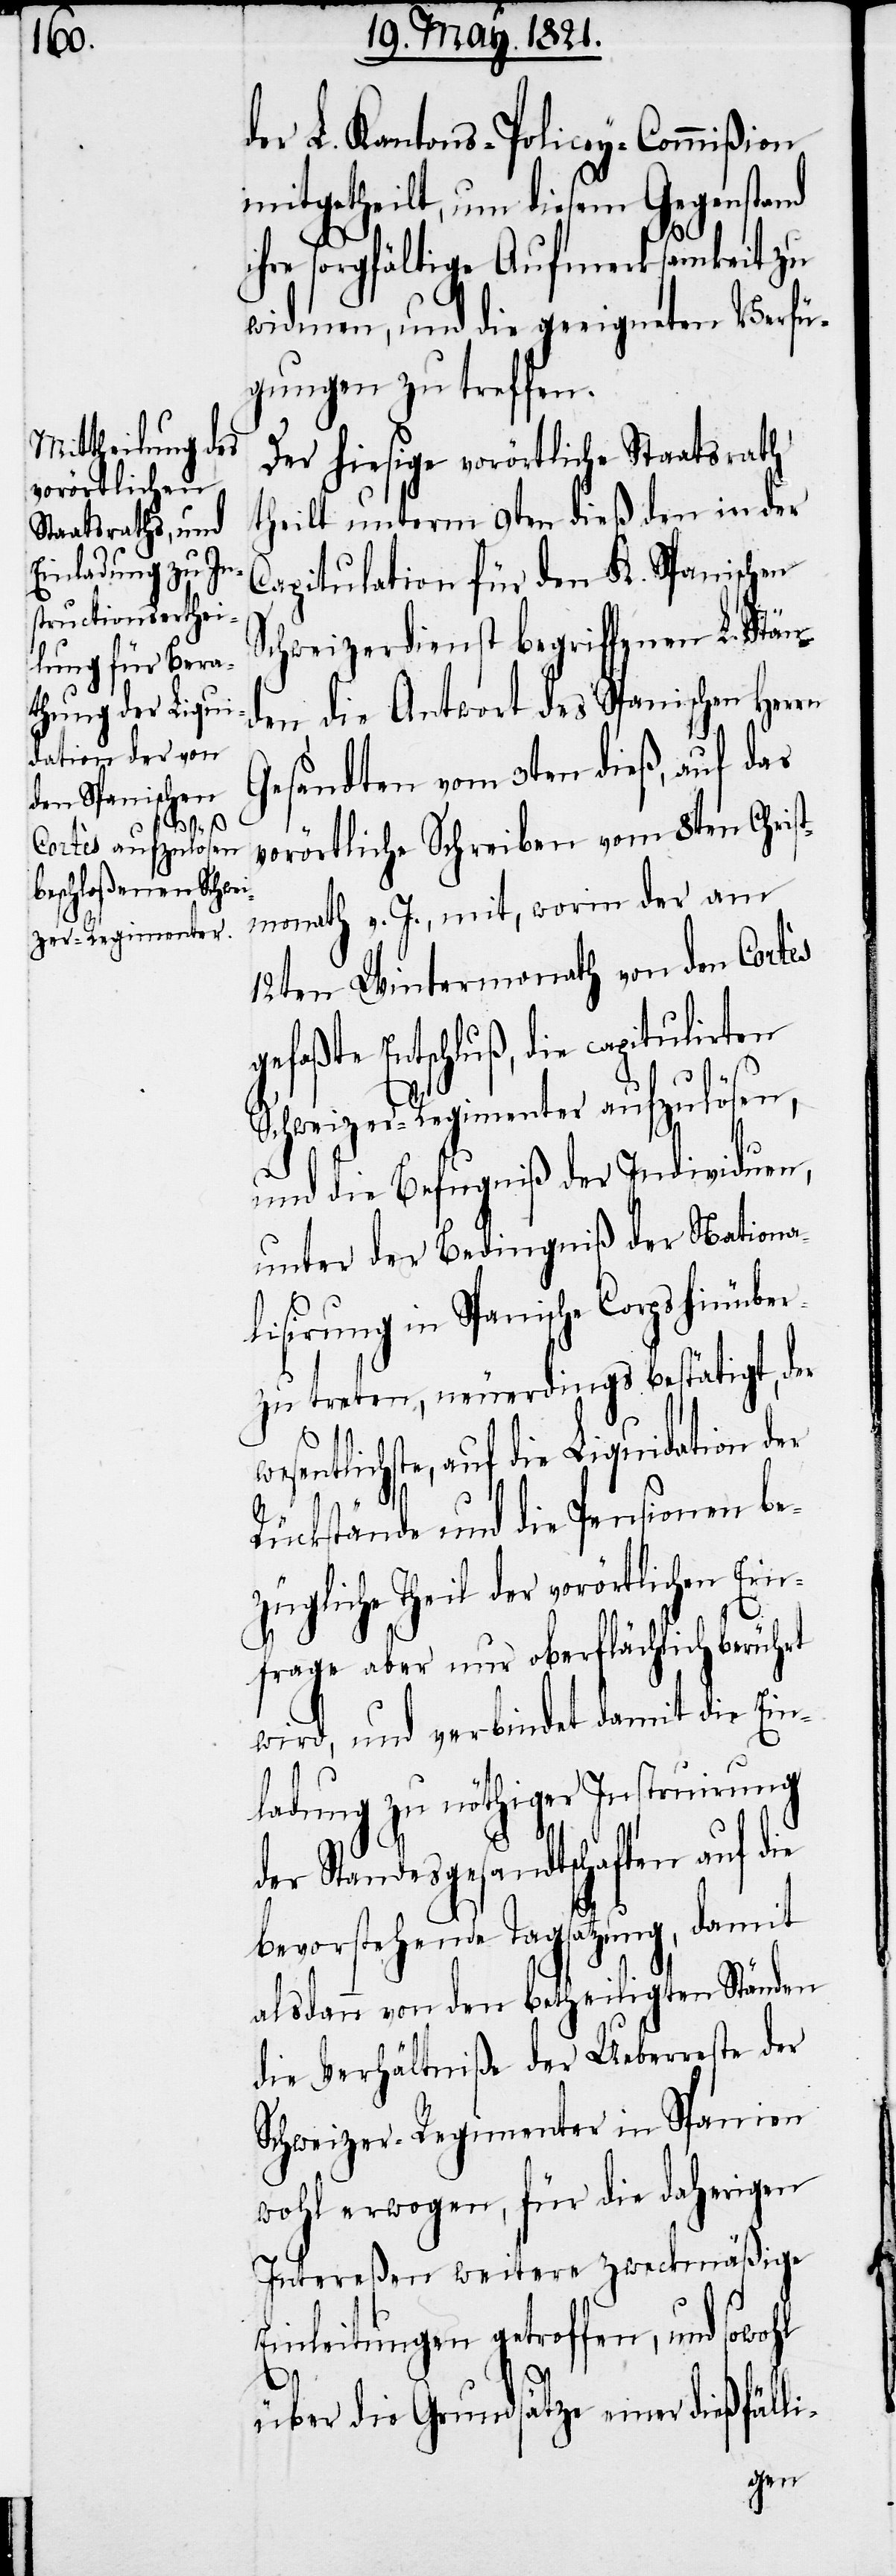
vorörtlichen
Ein¬

der L. Kantons-Policey-Commißion
mitgetheilt, um diesem Gegenstand
ihre sorgfältige Aufmerksamkeit zu
widmen, und die geeigneten Verfü¬
gungen zu treffen.
Der hiesige vorörtliche Staatsrath
theilt unterm 9ten dieß den in der
Capitulation für den K. Spanischen
Schweizerdienst begriffenen L. Stän¬
den die Antwort des Spanischen Herrn
Gesandten vom 3ten dieß, auf das
vorörtliche Schreiben vom 8ten Chris¬
tmonath v. J., mit, worin der am
12ten Wintermonath von den Cortès
gefaßte Entschluß, die capitulirten
Schweizer-Regimenter aufzulösen,
und die Befugniß der Individuen,
unter der Bedingniß der Nationa¬
ezügliche Theil der
zutreten, neuerdings bestätigt, der
entlichste, auf die Liquidation der
Rückstände und die Pensionen b¬
frage aber nur oberflächlich berührt
wird, und verbindet damit die Ein¬
ladung zu nöthiger Instruirung
der Standesgesandtschaften auf die
bevorstehende Tagsatzung, damit
alsdann von den betheiligten Ständen
die Verhältniße der Ueberreste der
Schweizer-Regimenter in Spanien
wohl erwogen, für die daherigen
Intereßen weitere zweckmäßige
Einleitungen getroffen, und sowohl
über die Grundsätze einer dießfälli-